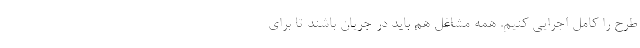
طرح را کامل اجرایی کنیم. همه مشاغل هم باید در جریان باشند تا برای